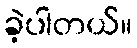
ခဲ့ပါတယ်။